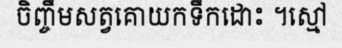
ចិញ្ចឹមសត្វគោយកទឹកដោះ ។ស្មៅ